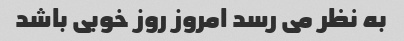
به نظر می رسد امروز روز خوبی باشد